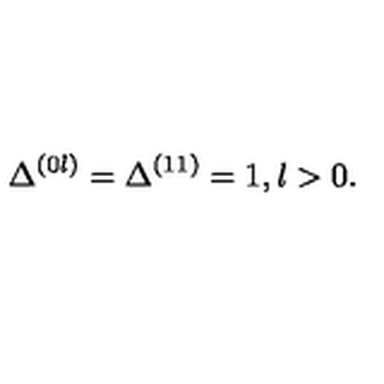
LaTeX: \Delta ^ { ( 0 l ) } = \Delta ^ { ( 1 1 ) } = 1 , l > 0 .